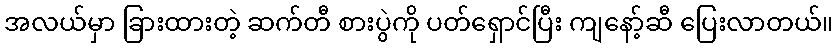
အလယ်မှာ ခြားထားတဲ့ ဆက်တီ စားပွဲကို ပတ်ရှောင်ပြီး ကျနော့်ဆီ ပြေးလာတယ်။